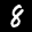
Label: 8